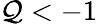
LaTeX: \mathcal{Q}<-1